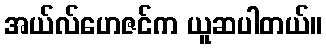
အယ်လ်ဟေဇင်က ယူဆပါတယ်။